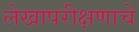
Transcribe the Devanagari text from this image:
लेखापरीक्षणाचे